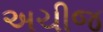
અચીજ